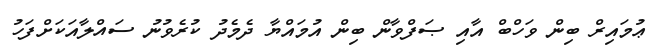
ޢުމައިރް ބިން ވަހްބް އާއި ޞަފްވާން ބިން އުމައްޔާ ދެމެދު ކުރެވުނު ސައްލާއަކަށްފަހު